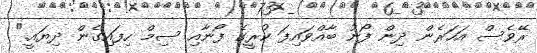
ރޭވެސް އަހަރެން ދިން ފޯނު ބާއްވައިފަ ކުރީގެ ފޯނާއި ސިމް ހިފައިގެން ދިޔައީ."